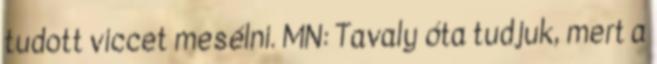
tudott viccet mesélni. MN: Tavaly óta tudjuk, mert a